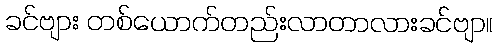
ခင်ဗျား တစ်ယောက်တည်းလာတာလားခင်ဗျာ။